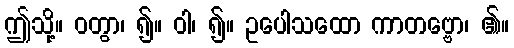
ဤသို့။ ဝတွာ၊ ၍။ ဝါ၊ ၍။ ဥပေါသထော ကာတဗ္ဗော၊ ၏။